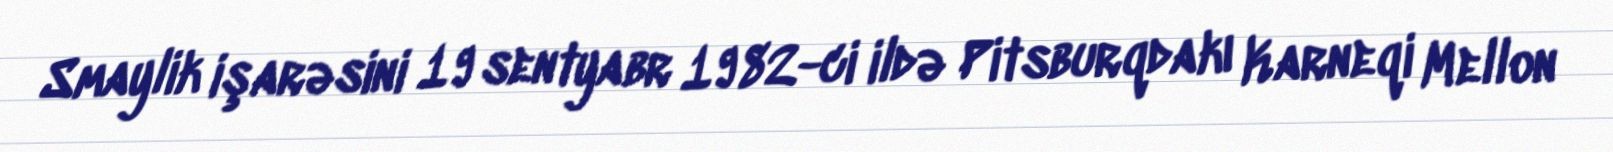
Smaylik işarəsini 19 sentyabr 1982-ci ildə Pitsburqdakı Karneqi Mellon